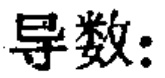
导数：